Report on lock hospitals in British Burma
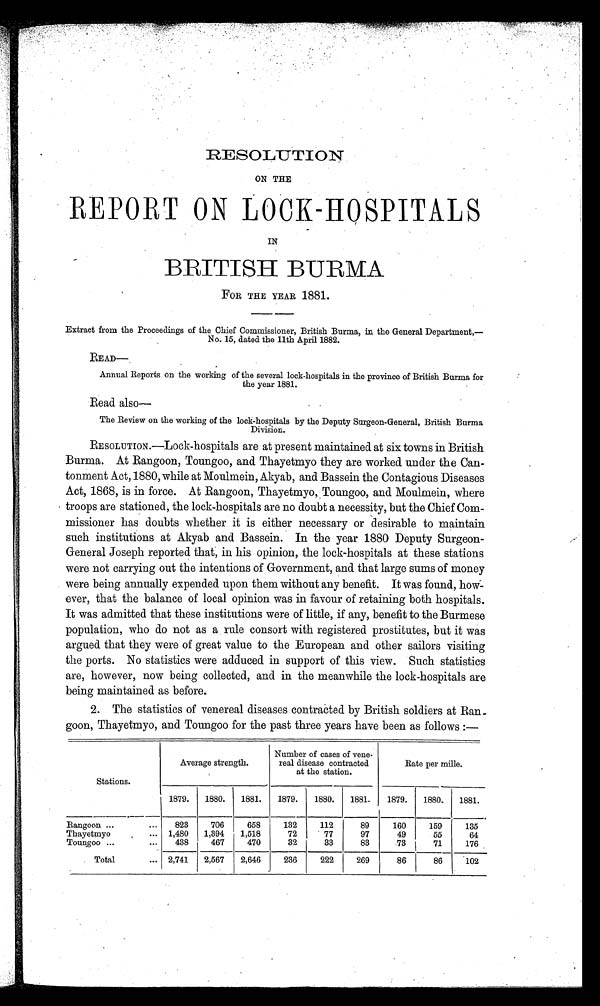
RESOLUTION
ON THE
REPORT ON LOCK-HOSPITALS
IN
BRITISH BURMA
FOR THE YEAR 1881.
Extract from the Proceedings of the Chief Commissioner, British Burma, in the General Department,—
No. 15, dated the 11th April 1882.
READ
Annual Reports on the working of the several lock-hospitals in the province of British Burma for
the year 1881.
Read also
The Review on the working of the lock-hospitals by the Deputy Surgeon-General, British Burma
Division.
RESOLUTION.—Lock-hospitals are at present maintained at six towns in British
Burma. At Rangoon, Toungoo, and Thayetmyo they are worked under the Can-
tonment Act, 1880, while at Moulmein, Akyab, and Bassein the Contagious Diseases
Act, 1868, is in force. At Rangoon, Thayetmyo, Toungoo, and Moulmein, where
troops are stationed, the lock-hospitals are no doubt a necessity, but the Chief Com-
missioner has doubts whether it is either necessary or desirable to maintain
such institutions at Akyab and Bassein. In the year 1880 Deputy Surgeon-
General Joseph reported that, in his opinion, the lock-hospitals at these stations
were not carrying out the intentions of Government, and that large sums of money
were being annually expended upon them without any benefit. It was found, how"-
ever, that the balance of local opinion was in favour of retaining both hospitals.
It was admitted that these institutions were of little, if any, benefit to the Burmese
population, who do not as a rule consort with registered prostitutes, but it was
argued that they were of great value to the European and other sailors visiting
the ports. No statistics were adduced in support of this view. Such statistics
are, however, now being collected, and in the meanwhile the lock-hospitals are
being maintained as before.
2. The statistics of venereal diseases contracted by British soldiers at Ran -
goon, Thayetmyo, and Toungoo for the past three years have been as follows :—
Stations.
Average strength.
Number of cases of vene-
real disease contracted
at the station.
Rate per mile.
1879.
1880.
1881.
1879.
1880.
1881.
1879.
1880.
1881.
Rangoon ...
...
823
706
658
132
112
89
160
159
135.
Thayetmyo
... 1,480
1,394
1,518
72
77
97
49
55
64
Toungoo ...
...
438
467
470
32
33
83
73 I71
176
Total
... 2,741
2,567
2,646
236
222
269 I
86 I86
102
\'1